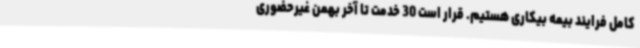
کامل فرایند بیمه بیکاری هستیم. قرار است 30 خدمت تا آخر بهمن غیرحضوری